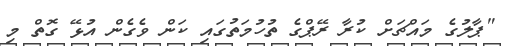
"ޕާލުގެ މައްޗަށް ކުރާ ރޭޕްގެ ތުހުމަތުގައި ކަން ވެގެން އުޅޭ ގޮތް މި